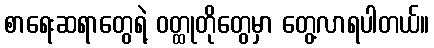
စာရေးဆရာတွေရဲ့ ဝတ္ထုတိုတွေမှာ တွေ့လာရပါတယ်။